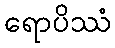
ရောပိဿံ